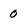
Character: 0